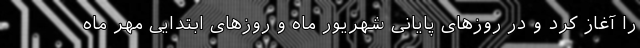
را آغاز کرد و در روزهای پایانی شهریور ماه و روزهای ابتدایی مهر ماه